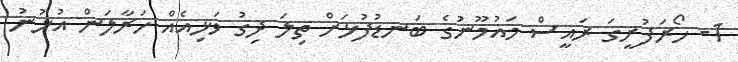
1- ހޯރަފުށީގަ ރައީސް މައުމޫނުގެ ބަނޑުފުޅަށް ތިލަ ދިގު ވަޅިއެއް ހަރާލަން އުޅުނު